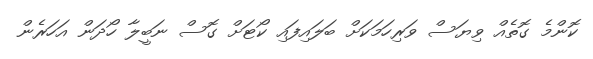
ކޮންމެ ގޮތެއް ވިޔަސް ވަރިހަމަކަށް ބަލައިފައި ކޯޓަށް ގޮސް ނަބީލާ ހޯދަން އަހަރެން